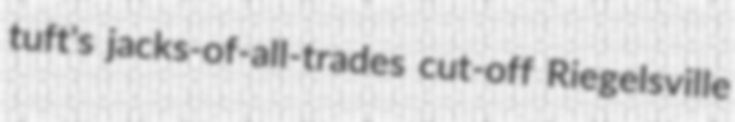
tuft's jacks-of-all-trades cut-off Riegelsville